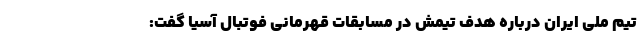
تیم ملی ایران درباره هدف تیمش در مسابقات قهرمانی فوتبال آسیا گفت: